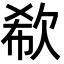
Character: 欷